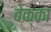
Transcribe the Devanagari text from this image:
बेक्का